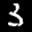
Label: 3